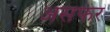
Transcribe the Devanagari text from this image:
असफर